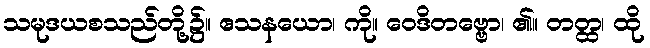
သမုဒယစသည်တို့၌။ ဧသနယော၊ ကို။ ဝေဒိတဗ္ဗော၊ ၏။ တတ္ထ၊ ထို